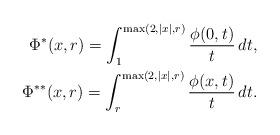
LaTeX: \begin{align*} \Phi^{*}(x,r)=\int_1^{\max(2,|x|,r)}\frac{\phi(0,t)}{t}\,dt,\\ \Phi^{**}(x,r)=\int_r^{\max(2,|x|,r)}\frac{\phi(x,t)}{t}\,dt. \end{align*}